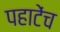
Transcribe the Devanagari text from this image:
पहाटेंच